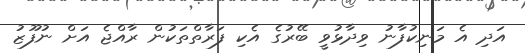
އަދި އެ މަނިކުފާނު ވިދާޅުވީ ބޭރުގެ އެކި ފަރާތްތަކުން ރާއްޖެ އަށް ނުފޫޒު